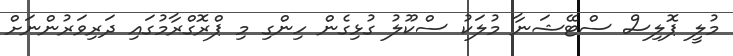
މުލީ ޕޮލިސް ސްޓޭޝަނާ މުލަކު ސްކޫލު ގުޅިގެން ހިންގި މި ޕްރޮގްރާމުގައި ދަރިވަރުންނަށް